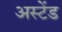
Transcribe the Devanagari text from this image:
अस्टेंड